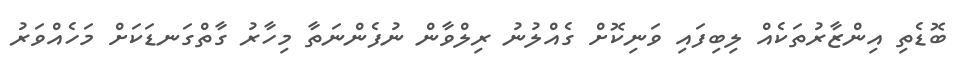
ބޮޑެތި އިންޒާރުތަކެއް ލިބިފައި ވަނިކޮށް ގެއްލުނު ރިލްވާން ނުފެންނަތާ މިހާރު ގާތްގަނޑަކަށް މަހެއްވަރު